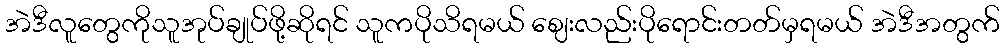
အဲဒီလူတွေကိုသူအုပ်ချုပ်ဖို့ဆိုရင် သူကပိုသိရမယ် ဈေးလည်းပိုရောင်းတတ်မှရမယ် အဲဒီအတွက်